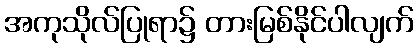
အကုသိုလ်ပြုရာ၌ တားမြစ်နိုင်ပါလျက်